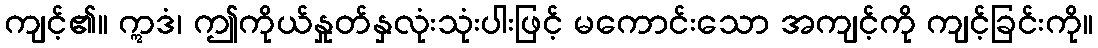
ကျင့်၏။ ဣဒံ၊ ဤကိုယ်နှုတ်နှလုံးသုံးပါးဖြင့် မကောင်းသော အကျင့်ကို ကျင့်ခြင်းကို။